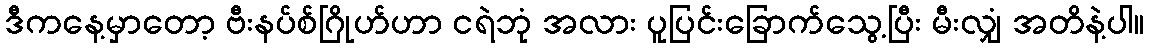
ဒီကနေ့မှာတော့ ဗီးနပ်စ်ဂြိုဟ်ဟာ ငရဲဘုံ အလား ပူပြင်းခြောက်သွေ့ပြီး မီးလျှံ အတိနဲ့ပါ။